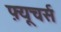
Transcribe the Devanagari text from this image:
फ़्यूचर्स